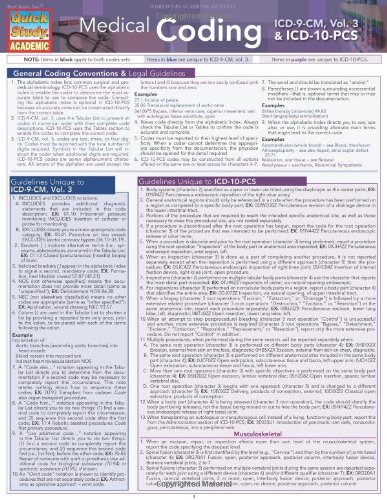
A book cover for Medical Coding: Icd-10-Pcs (Quick Study Academic); Inc. BarCharts; Medical Books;